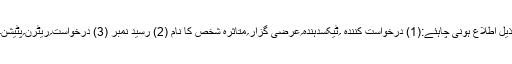
لسٹ میں مندرجہ ذیل اطلاع ہونی چاہئے:(1) درخواست کنندہ ؍ٹیکسدہندہ؍عرضی گزار؍متأثرہ شخص کا نام (2) رسید نمبر (3) درخواست؍ریٹرن؍پٹیشن؍شکایت کی تاریخ۔